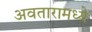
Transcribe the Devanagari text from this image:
अवतारामध्ये